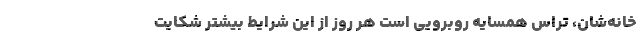
خانه‌شان، تراس همسایه روبرویی است هر روز از این شرایط بیشتر شکایت